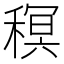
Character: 𮃠